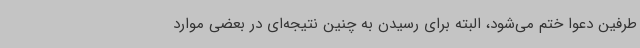
طرفین دعوا ختم می‌شود، البته برای رسیدن به چنین نتیجه‌ای در بعضی موارد